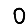
Digit: 0